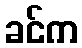
ခင်က